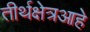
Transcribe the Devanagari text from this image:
तीर्थक्षेत्रआहे